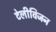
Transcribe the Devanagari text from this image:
टेलीविजन